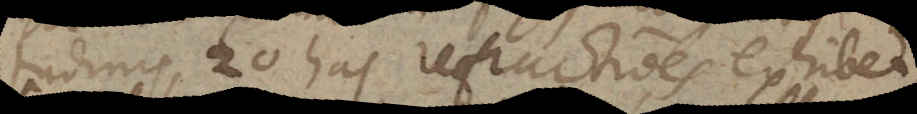
tudinis 20 has refractiones exhibet.